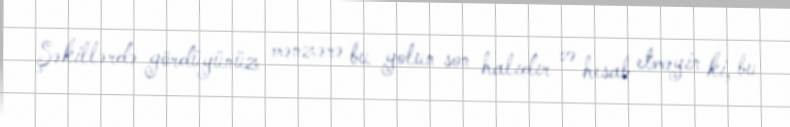
Şəkillərdə gördüyünüz mənzərə bu yolun son halıdır və hesab etməyin ki, bu